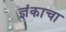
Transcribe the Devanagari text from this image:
ज्ञंकाचा